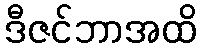
ဒီဇင်ဘာအထိ